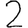
Digit: 2